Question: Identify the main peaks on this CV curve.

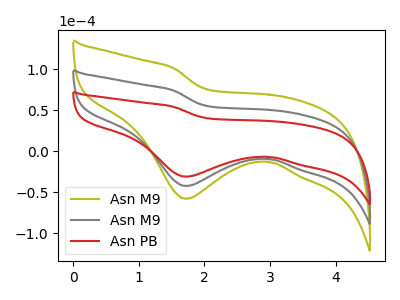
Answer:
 <answer>The olive curve "Asn M9" has a cathodic peak at: (1.70V, -84.75uA). The gray curve "Asn M9" has a cathodic peak at: (1.70V, -42.35uA). The red curve "Asn PB" has a cathodic peak at: (1.70V, -30.95uA).</answer>
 <eval></eval>